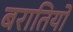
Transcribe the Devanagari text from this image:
बरातियों